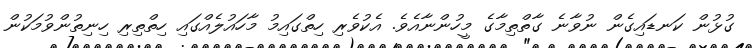
ގުޅުން ކަނޑައިގެން ނުވާނެ ގާތްތިމާގެ މީހުންނާއެވެ. އެކުވެރި ހިތްގައިމު މާހައުލެއްގައި ހިތްތިރި ހިނިތުންވުމަކުން